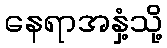
နေရာအနှံ့သို့